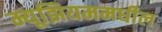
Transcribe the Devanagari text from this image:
म्यूझियममधील